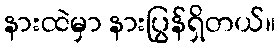
နားထဲမှာ နားပြွန်ရှိတယ်။